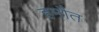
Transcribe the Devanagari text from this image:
हमौत